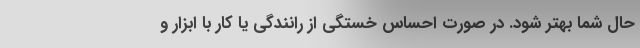
حال شما بهتر شود. در صورت احساس خستگی از رانندگی یا کار با ابزار و